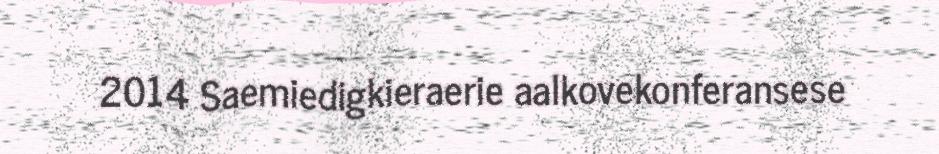
2014 Saemiedigkieraerie aalkovekonferansese